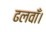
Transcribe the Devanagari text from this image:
ढलवाँ।